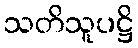
သတိသူပဋ္ဌိ